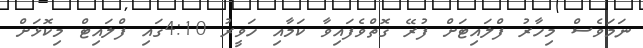
ނަމަވެސް މިހާރު ފްލައިޓަށް ފުރޭ ގޮތްވެފައިވާ ކަމާއި ހަވީރު 4:10ގައި ފްލައިޓް މިކޮޅަށް